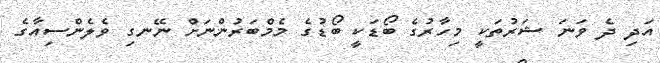
އަދި ދެ ވަނަ ޝަރުތަކީ މިހާރުގެ ބޯޑަކީ ބޯޑުގެ މެމްބަރުންނަށް ނޭނގި ވެލެންސިއާގެ